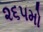
૨૬૫મો